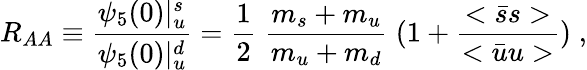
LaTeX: R_{AA}\equiv\frac{\psi_{5}(0)|_{u}^{s}}{\psi_{5}(0)|_{u}^{d}}=\frac{1}{2}\; \frac{m_{s}+m_{u}}{m_{u}+m_{d}}\; (1+\frac{<\bar{s}s>}{<\bar{u}u>})\; ,